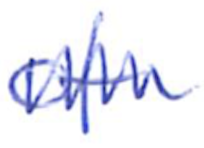
Text: of
Cross-out: zig-zag
Writing tool: ballpoint